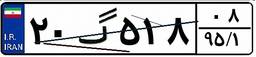
۰۴گ۹۳۴۹۸